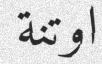
اوتنة